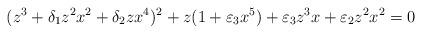
LaTeX: \begin{align*}(z^3 + \delta_1 z^2 x^2 + \delta_2 z x^4)^2 + z (1+ \varepsilon_3 x^5) + \varepsilon_3 z^3 x + \varepsilon_2 z^2 x^2 = 0\end{align*}